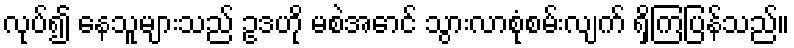
လုပ်၍ နေသူများသည် ဥဒဟို မစဲအောင် သွားလာစုံစမ်းလျက် ရှိကြပြန်သည်။